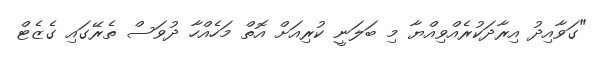
"ގަވާއިދު އިރާދަކުރެއްވިއްޔާ މި ބަލަނީ ކުރިއަށް އޮތް މަހެއްހާ ދުވަސް ތެރޭގައި ގެޒެޓް